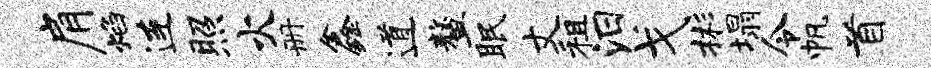
肩焰连照火册鑫道鳌眠丈租汨戈彬塌令帆首